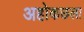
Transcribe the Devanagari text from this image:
अहोकछला